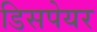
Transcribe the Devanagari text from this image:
डिसपेयर